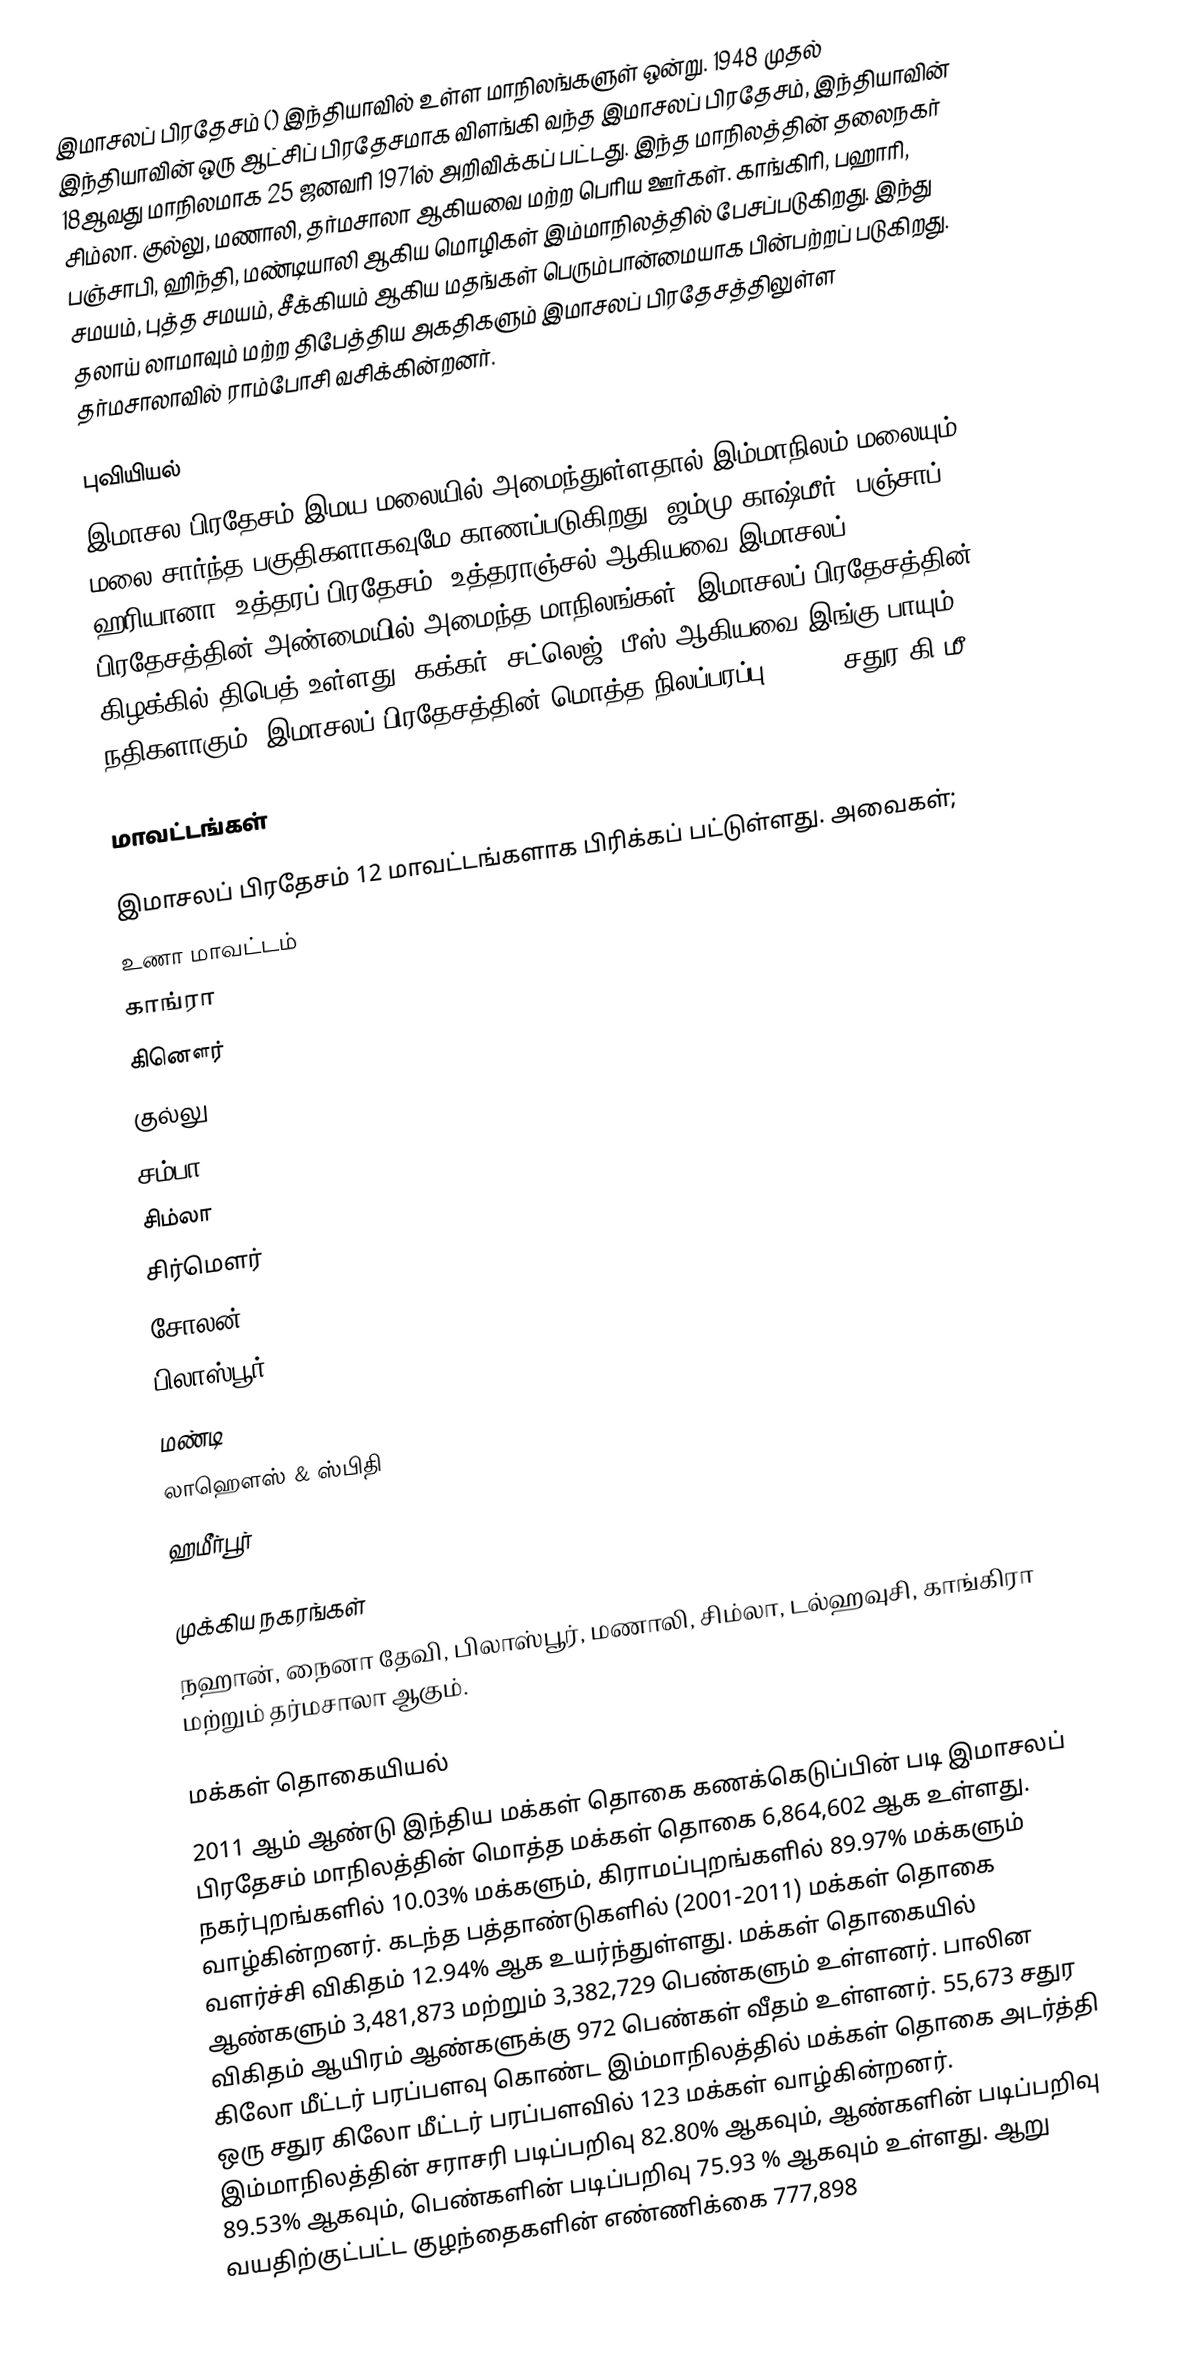
இமாசலப் பிரதேசம் () இந்தியாவில் உள்ள மாநிலங்களுள் ஒன்று. 1948 முதல் இந்தியாவின் ஒரு ஆட்சிப் பிரதேசமாக விளங்கி வந்த இமாசலப் பிரதேசம், இந்தியாவின் 18ஆவது மாநிலமாக 25 ஜனவரி 1971ல் அறிவிக்கப் பட்டது. இந்த மாநிலத்தின் தலைநகர் சிம்லா. குல்லு, மணாலி, தர்மசாலா ஆகியவை மற்ற பெரிய ஊர்கள். காங்கிரி, பஹாரி, பஞ்சாபி, ஹிந்தி, மண்டியாலி ஆகிய மொழிகள் இம்மாநிலத்தில் பேசப்படுகிறது. இந்து சமயம், புத்த சமயம், சீக்கியம் ஆகிய மதங்கள் பெரும்பான்மையாக பின்பற்றப் படுகிறது. தலாய் லாமாவும் மற்ற திபேத்திய அகதிகளும் இமாசலப் பிரதேசத்திலுள்ள தர்மசாலாவில் ராம்போசி வசிக்கின்றனர்.

புவியியல்
இமாசல பிரதேசம் இமய மலையில் அமைந்துள்ளதால் இம்மாநிலம் மலையும் மலை சார்ந்த பகுதிகளாகவுமே காணப்படுகிறது. ஜம்மு காஷ்மீர், பஞ்சாப், ஹரியானா, உத்தரப் பிரதேசம், உத்தராஞ்சல் ஆகியவை இமாசலப் பிரதேசத்தின் அண்மையில் அமைந்த மாநிலங்கள். இமாசலப் பிரதேசத்தின் கிழக்கில் திபெத் உள்ளது. கக்கர், சட்லெஜ், பீஸ் ஆகியவை இங்கு பாயும் நதிகளாகும். இமாசலப் பிரதேசத்தின் மொத்த நிலப்பரப்பு 55,658 சதுர கி.மீ.

மாவட்டங்கள்

இமாசலப் பிரதேசம் 12 மாவட்டங்களாக பிரிக்கப் பட்டுள்ளது. அவைகள்;
 உணா மாவட்டம்
 காங்ரா
 கினௌர்
 குல்லு
 சம்பா
 சிம்லா
 சிர்மௌர்
 சோலன்
 பிலாஸ்பூர்
 மண்டி
 லாஹௌஸ் & ஸ்பிதி
 ஹமீர்பூர்

முக்கிய நகரங்கள்
நஹான், நைனா தேவி, பிலாஸ்பூர், மணாலி, சிம்லா, டல்ஹவுசி, காங்கிரா மற்றும் தர்மசாலா ஆகும்.

மக்கள் தொகையியல்
2011 ஆம் ஆண்டு இந்திய மக்கள் தொகை கணக்கெடுப்பின் படி இமாசலப் பிரதேசம் மாநிலத்தின் மொத்த மக்கள் தொகை 6,864,602 ஆக உள்ளது. நகர்புறங்களில் 10.03% மக்களும், கிராமப்புறங்களில் 89.97% மக்களும் வாழ்கின்றனர். கடந்த பத்தாண்டுகளில் (2001-2011) மக்கள் தொகை வளர்ச்சி  விகிதம் 12.94%  ஆக உயர்ந்துள்ளது. மக்கள் தொகையில்  ஆண்களும் 3,481,873 மற்றும் 3,382,729 பெண்களும் உள்ளனர். பாலின விகிதம் ஆயிரம் ஆண்களுக்கு 972 பெண்கள் வீதம் உள்ளனர். 55,673 சதுர கிலோ மீட்டர் பரப்பளவு கொண்ட இம்மாநிலத்தில் மக்கள் தொகை அடர்த்தி ஒரு சதுர கிலோ மீட்டர் பரப்பளவில் 123 மக்கள் வாழ்கின்றனர். இம்மாநிலத்தின் சராசரி படிப்பறிவு 82.80% ஆகவும், ஆண்களின் படிப்பறிவு 89.53% ஆகவும், பெண்களின் படிப்பறிவு 75.93 % ஆகவும் உள்ளது. ஆறு வயதிற்குட்பட்ட குழந்தைகளின் எண்ணிக்கை 777,898